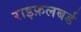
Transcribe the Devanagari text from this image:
राइफ़लबर्ड